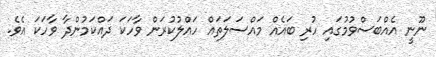
ނޫނީ އެއްބަސްވުމުގައި ހުރި ބައެއް މައްސަލަތައް ހައްލުކުރަން ވާހަކަ ދައްކަމުންދާ ވާހަކަ އެވެ.